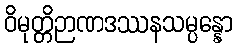
ဝိမုတ္တိဉာဏဒဿနသမ္ပန္နော